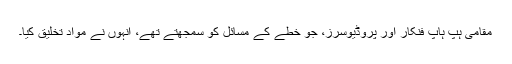
مقامی ہپ ہاپ فنکار اور پروڈیوسرز، جو خطے کے مسائل کو سمجھتے تھے، انہوں نے مواد تخلیق کیا۔